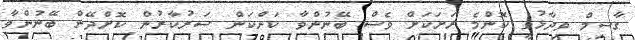
ގާސިމް ވިދާޅުވީ ކޮންމެ ރަށަކަށް ވެސް ބޭނުންވާ ކަންކަން ސަރުކާރުން ކޮށްދޭން ބޭނުންވާ